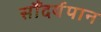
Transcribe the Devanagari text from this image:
सौंदर्यपान